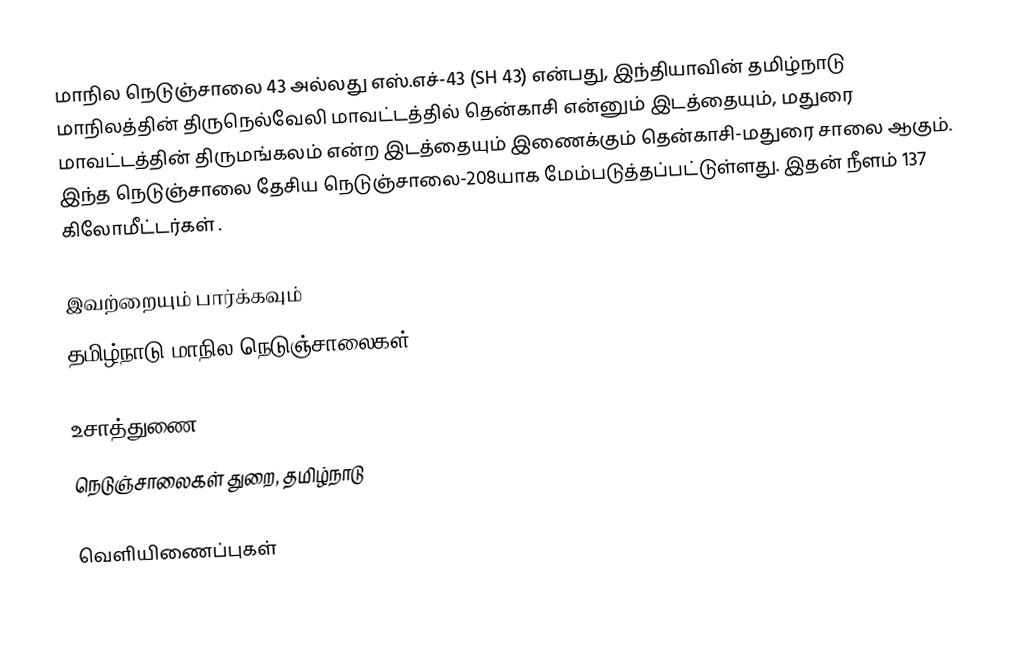
மாநில நெடுஞ்சாலை 43 அல்லது எஸ்.எச்-43 (SH 43) என்பது, இந்தியாவின் தமிழ்நாடு மாநிலத்தின் திருநெல்வேலி மாவட்டத்தில் தென்காசி என்னும் இடத்தையும், மதுரை மாவட்டத்தின் திருமங்கலம் என்ற இடத்தையும் இணைக்கும் தென்காசி-மதுரை சாலை ஆகும். இந்த நெடுஞ்சாலை தேசிய நெடுஞ்சாலை-208யாக மேம்படுத்தப்பட்டுள்ளது. இதன் நீளம் 137  கிலோமீட்டர்கள் .

இவற்றையும் பார்க்கவும்
 தமிழ்நாடு மாநில நெடுஞ்சாலைகள்

உசாத்துணை
 நெடுஞ்சாலைகள் துறை, தமிழ்நாடு

வெளியிணைப்புகள்